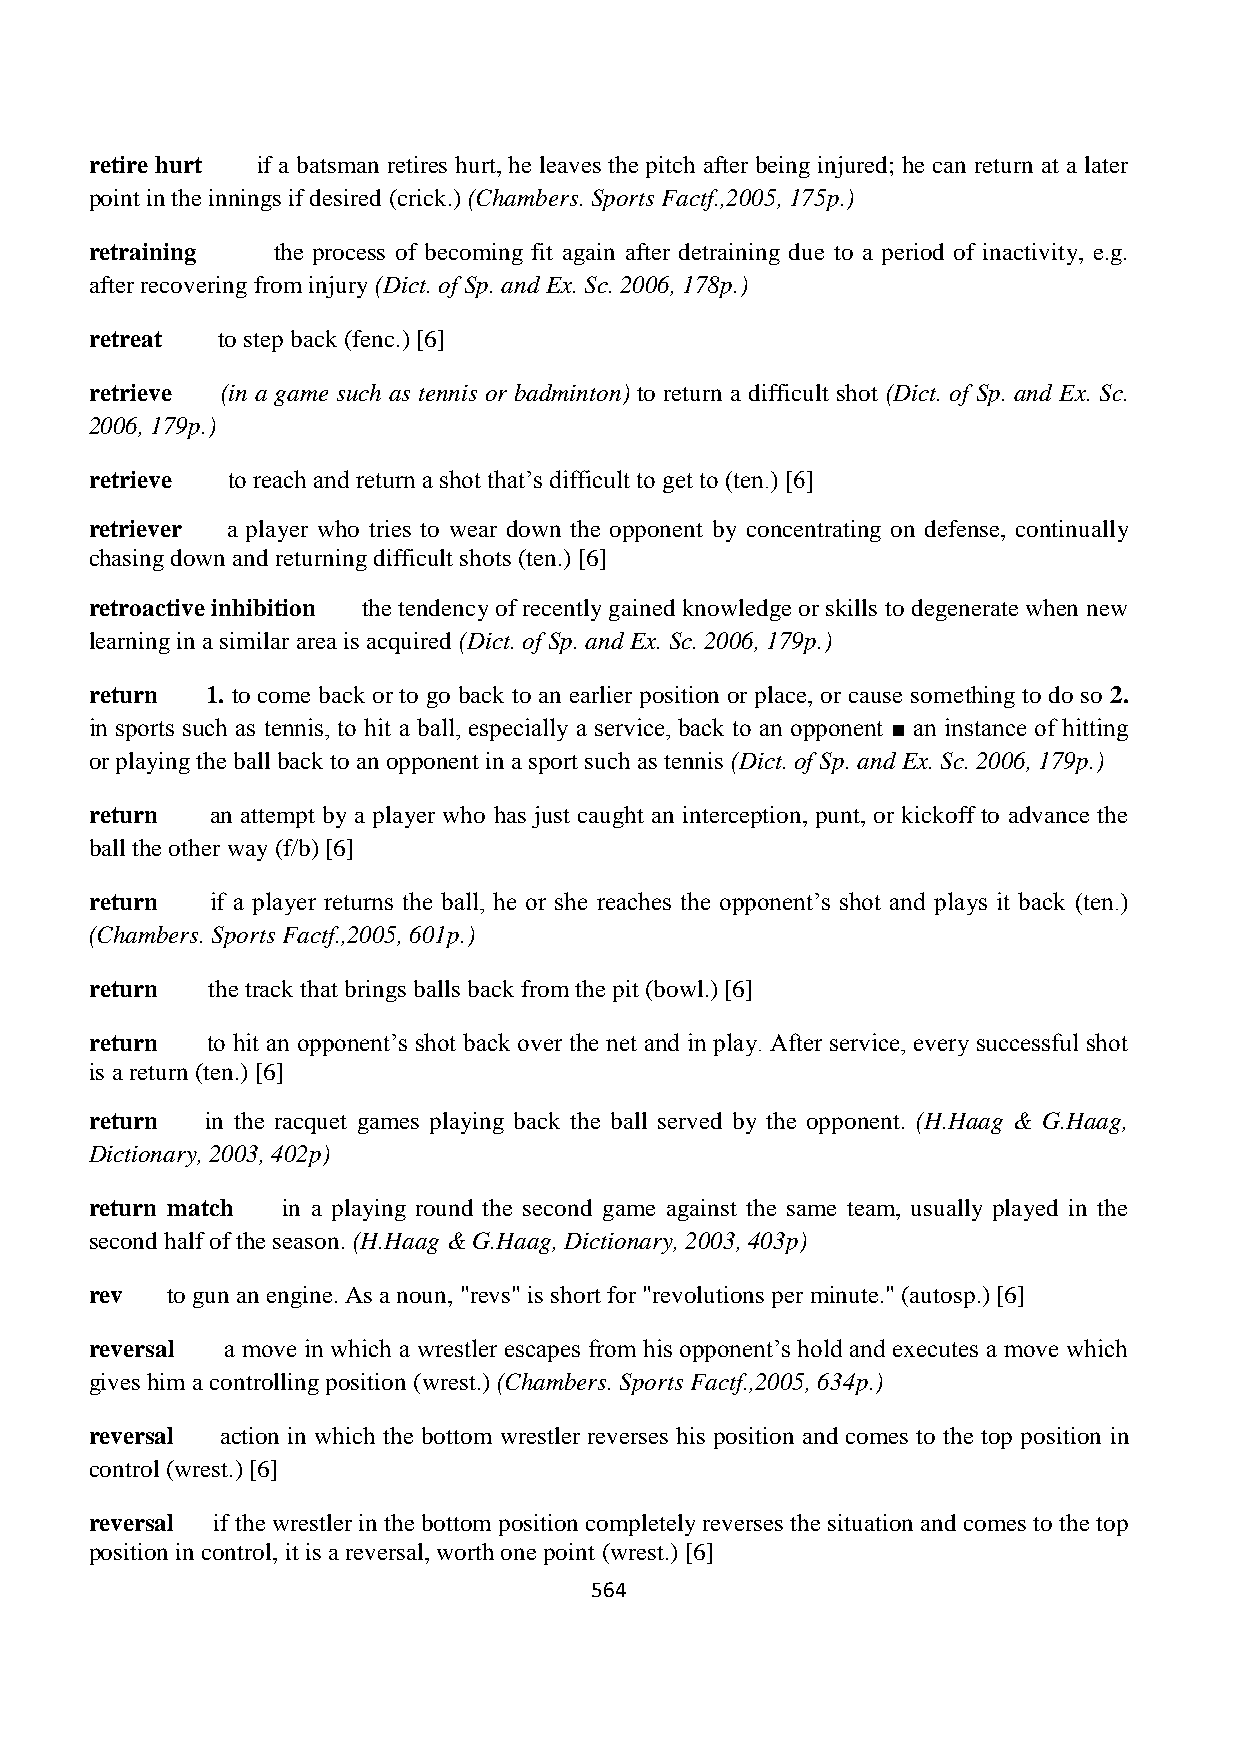
retire hurt if a batsman retires hurt, he leaves the pitch after being injured; he can return at a later
 point in the innings if desired (crick.) (Chambers. Sports Factf.,2005, 175p.)
 retraining  the process of becoming fit again after detraining due to a period of inactivity, e.g.
 after recovering from injury (Dict. of Sp. and Ex. Sc. 2006, 178p.)
 retreat to step back (fenc.) [6]
 retrieve (in a game such as tennis or badminton) to return a difficult shot (Dict. of Sp. and Ex. Sc.
 2006, 179p.)
 retrieve to reach and return a shot that’s difficult to get to (ten.) [6]
 retriever a player who tries to wear down the opponent by concentrating on defense, continually
 chasing down and returning difficult shots (ten.) [6]
 retroactive inhibition the tendency of recently gained knowledge or skills to degenerate when new
 learning in a similar area is acquired (Dict. of Sp. and Ex. Sc. 2006, 179p.)
 return  1. to come back or to go back to an earlier position or place, or cause something to do so 2.
 in sports such as tennis, to hit a ball, especially a service, back to an opponent ■ an instance of hitting
 or playing the ball back to an opponent in a sport such as tennis (Dict. of Sp. and Ex. Sc. 2006, 179p.)
 return  an attempt by a player who has just caught an interception, punt, or kickoff to advance the
 ball the other way (f/b) [6]
 return  if a player returns the ball, he or she reaches the opponent’s shot and plays it back (ten.)
 (Chambers. Sports Factf.,2005, 601p.)
 return  the track that brings balls back from the pit (bowl.) [6]
 return  to hit an opponent’s shot back over the net and in play. After service, every successful shot
 is a return (ten.) [6]
 return  in the racquet games playing back the ball served by the opponent. (H.Haag & G.Haag,
 Dictionary, 2003, 402p)
 return match in a playing round the second game against the same team, usually played in the
 second half of the season. (H.Haag & G.Haag, Dictionary, 2003, 403p)
 rev  to gun an engine. As a noun, "revs" is short for "revolutions per minute." (autosp.) [6]
 reversal a move in which a wrestler escapes from his opponent’s hold and executes a move which
 gives him a controlling position (wrest.) (Chambers. Sports Factf.,2005, 634p.)
 reversal action in which the bottom wrestler reverses his position and comes to the top position in
 control (wrest.) [6]
 reversal if the wrestler in the bottom position completely reverses the situation and comes to the top
 position in control, it is a reversal, worth one point (wrest.) [6]
 564